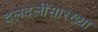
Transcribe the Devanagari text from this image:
दलदलीसारख्या